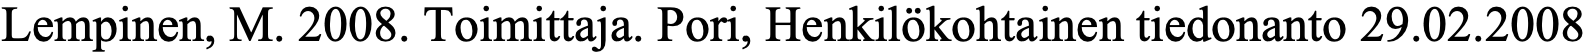
Lempinen, M. 2008. Toimittaja. Pori, Henkilökohtainen tiedonanto 29.02.2008